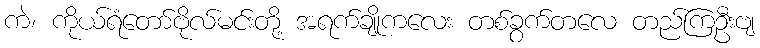
ကဲ၊ ကိုယ်ရံတော်ဗိုလ်မင်းတို့ အရက်ချိုကလေး တစ်ခွက်တလေ တည်ကြဦးဗျ